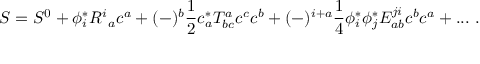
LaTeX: S = S ^ { 0 } + \phi _ { i } ^ { * } R ^ { i } { } _ { a } c ^ { a } + ( - ) ^ { b } \frac { 1 } { 2 } c _ { a } ^ { * } T _ { b c } ^ { a } c ^ { c } c ^ { b } + ( - ) ^ { i + a } \frac { 1 } { 4 } \phi _ { i } ^ { * } \phi _ { j } ^ { * } E _ { a b } ^ { j i } c ^ { b } c ^ { a } + . . . \ .